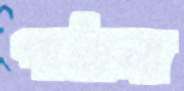
পাঠানা